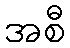
အစီ